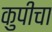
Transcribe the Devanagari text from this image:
कुपीचा